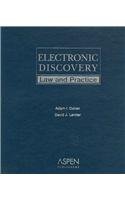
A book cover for Electronic Discovery: Law and Practice; Adam I. Cohen; Law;